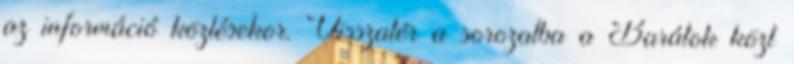
az információ közlésekor. Visszatér a sorozatba a Barátok közt